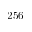
2 5 6